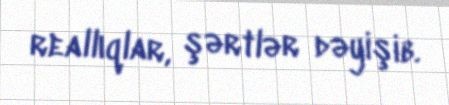
reallıqlar, şərtlər dəyişib.